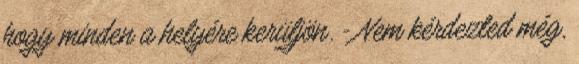
hogy minden a helyére kerüljön. - Nem kérdezted még,